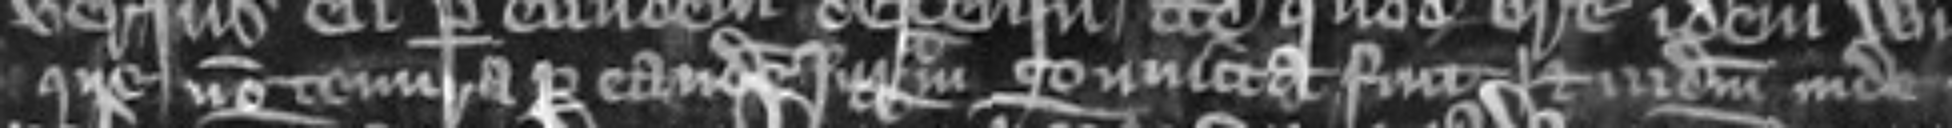
que non tenura per eandem juratam convicta fuit et judicium inde redditum